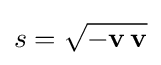
s={\sqrt {-\mathbf {v} \,\mathbf {v} }}